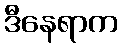
ဒီနေရာက